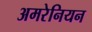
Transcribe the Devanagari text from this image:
अमरेनियन